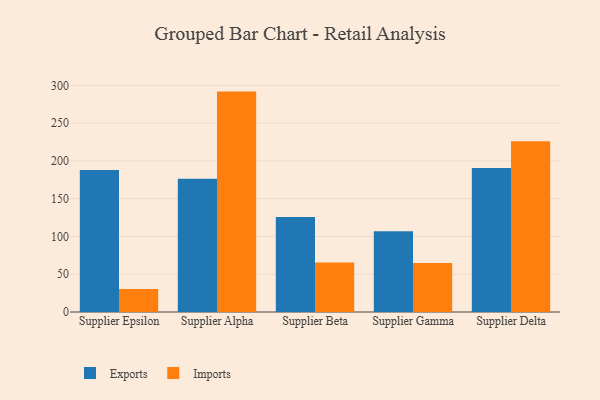
{"axis": {"x": "Supplier", "y": "Headcount"}, "legend": ["Exports", "Imports"], "data": [{"x": "Supplier Epsilon", "y": 188.0, "type": "Exports"}, {"x": "Supplier Epsilon", "y": 30.4, "type": "Imports"}, {"x": "Supplier Alpha", "y": 176.5, "type": "Exports"}, {"x": "Supplier Alpha", "y": 291.9, "type": "Imports"}, {"x": "Supplier Beta", "y": 125.9, "type": "Exports"}, {"x": "Supplier Beta", "y": 65.6, "type": "Imports"}, {"x": "Supplier Gamma", "y": 107.0, "type": "Exports"}, {"x": "Supplier Gamma", "y": 65.0, "type": "Imports"}, {"x": "Supplier Delta", "y": 190.8, "type": "Exports"}, {"x": "Supplier Delta", "y": 226.1, "type": "Imports"}]}